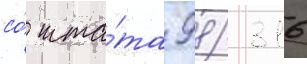
со́ шта́та 98/ 316